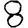
Digit: 8